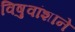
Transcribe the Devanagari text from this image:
विषुवांशाने